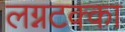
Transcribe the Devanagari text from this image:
लग्नटक्का